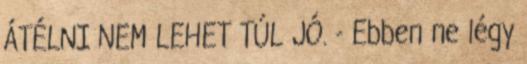
ÁTÉLNI NEM LEHET TÚL JÓ. - Ebben ne légy